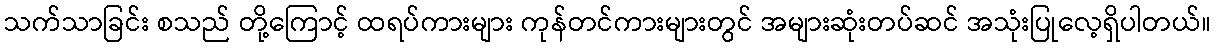
သက်သာခြင်း စသည် တို့ကြောင့် ထရပ်ကားများ ကုန်တင်ကားများတွင် အများဆုံးတပ်ဆင် အသုံးပြုလေ့ရှိပါတယ်။